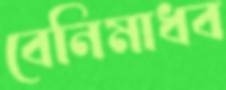
বেনিমাধব